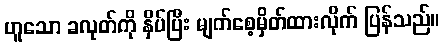
ဟူသော ခလုတ်ကို နှိပ်ပြီး မျက်စေ့မှိတ်ထားလိုက် ပြန်သည်။